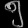
Digit: ၅